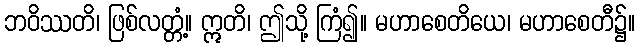
ဘဝိဿတိ၊ ဖြစ်လတ္တံ့။ ဣတိ၊ ဤသို့ ကြံ၍။ မဟာစေတိယေ၊ မဟာစေတီ၌။